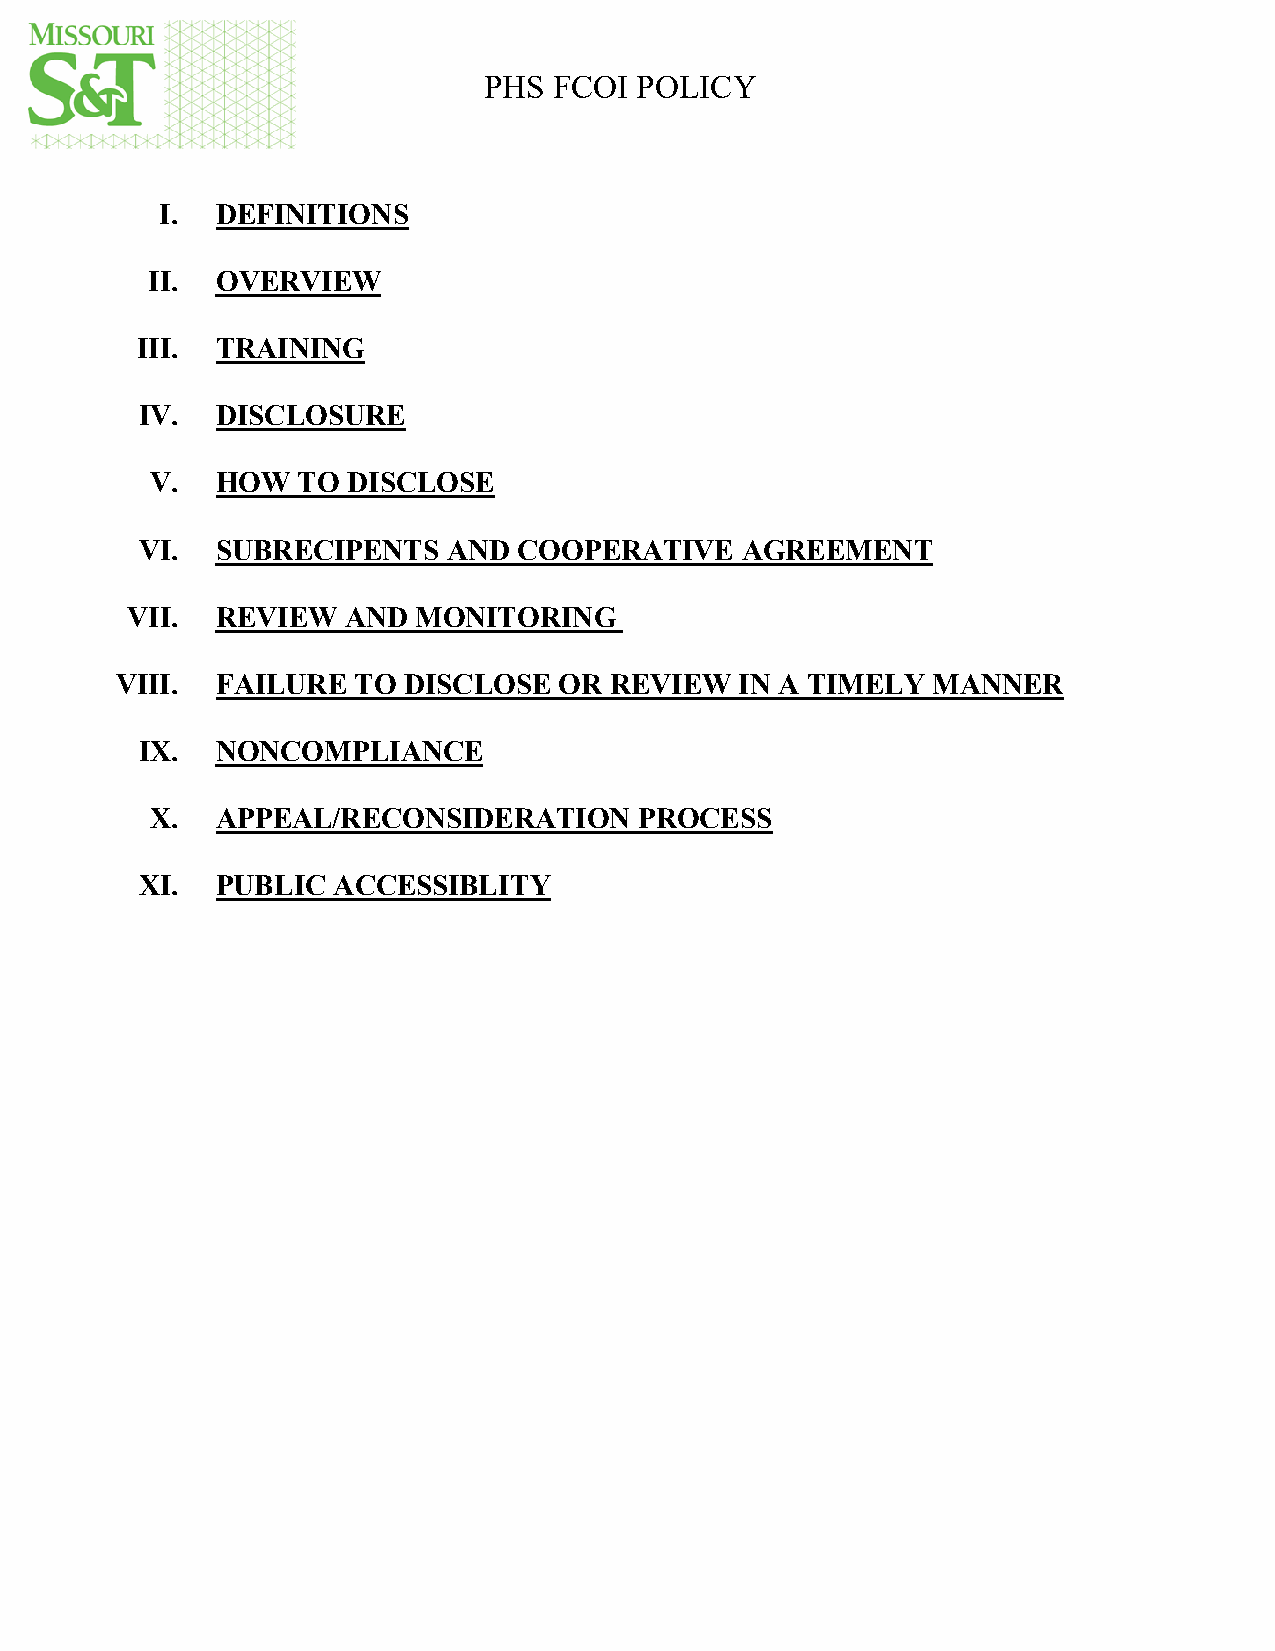
PHS  FCOI POLICY
 I. DEFINITIONS
 II. OVERVIEW
 III. TRAINING
 IV.  DISCLOSURE
 V.  HOW   TO DISCLOSE
 VI.  SUBRECIPENTS    AND COOPERATIVE    AGREEMENT
 VII.  REVIEW   AND MONITORING
 VIII. FAILURE  TO  DISCLOSE  OR REVIEW   IN A TIMELY  MANNER
 IX.  NONCOMPLIANCE
 X.  APPEAL/RECONSIDERATION      PROCESS
 XI.  PUBLIC  ACCESSIBLITY